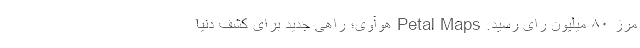
مرز ۸۰ میلیون رای رسید. Petal Maps هوآوی؛ راهی جدید برای کشف دنیا